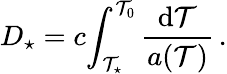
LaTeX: D_{\star}=c\! \int_{\mathcal{T}_{\star}}^{\mathcal{T}_{0}}\frac{{\mathrm{{d}}\mathcal{T}}}{{a(\mathcal{T})}}\, .